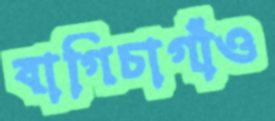
বাগিচাগাঁও